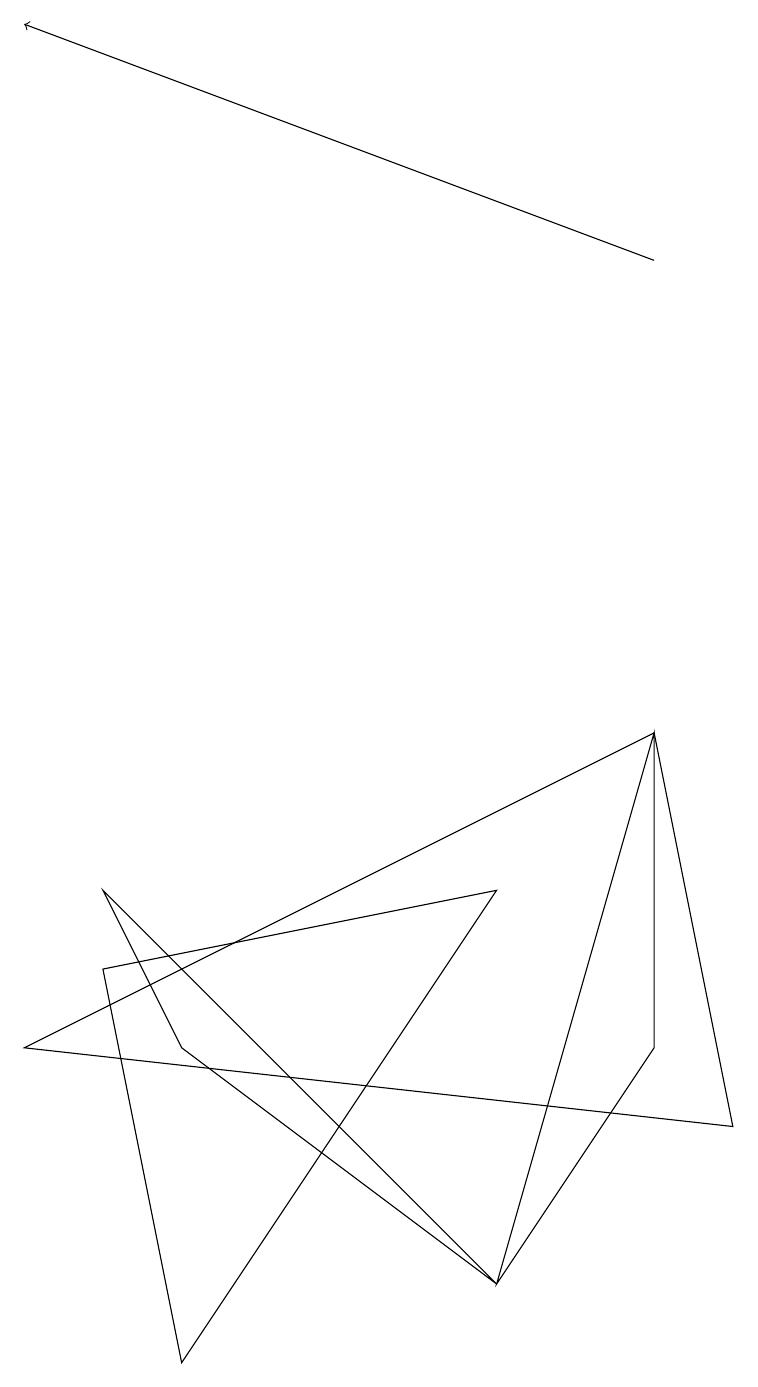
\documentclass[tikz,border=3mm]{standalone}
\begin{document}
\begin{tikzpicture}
\draw (8,8) -- (6,1) -- (8,4) -- cycle;
\draw (1,6) -- (6,1) -- (2,4) -- cycle;
\draw (8,8) -- (9,3) -- (0,4) -- cycle;
\draw (1,5) -- (2,0) -- (6,6) -- cycle;
\draw[->] (8,14) -- (0,17);
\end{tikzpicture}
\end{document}